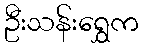
ဦးသန်းရွှေက